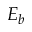
E _ { b }